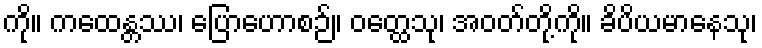
ကို။ ကထေန္တဿ၊ ပြောဟောစဉ်။ ဝတ္ထေသု၊ အဝတ်တို့ကို။ ခိပိယမာနေသု၊